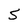
Character: 5